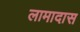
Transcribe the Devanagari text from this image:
लामादास